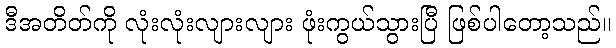
ဒီအတိတ်ကို လုံးလုံးလျားလျား ဖုံးကွယ်သွားပြီ ဖြစ်ပါတော့သည်။